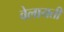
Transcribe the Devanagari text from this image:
वेलायती